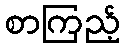
စာကြည့်